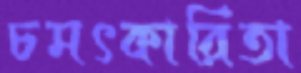
চমৎকারিতা